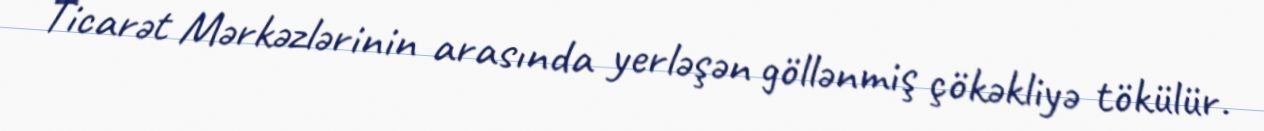
Ticarət Mərkəzlərinin arasında yerləşən göllənmiş çökəkliyə tökülür.